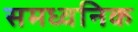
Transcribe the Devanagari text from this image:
समध्वनिक